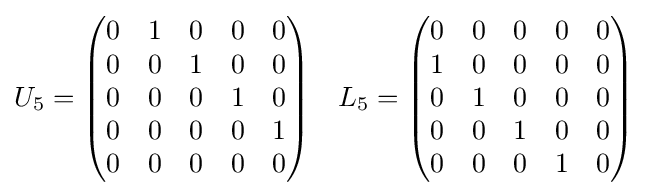
U_{5}={\begin{pmatrix}0&1&0&0&0\\0&0&1&0&0\\0&0&0&1&0\\0&0&0&0&1\\0&0&0&0&0\end{pmatrix}}\quad L_{5}={\begin{pmatrix}0&0&0&0&0\\1&0&0&0&0\\0&1&0&0&0\\0&0&1&0&0\\0&0&0&1&0\end{pmatrix}}